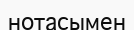
нотасымен